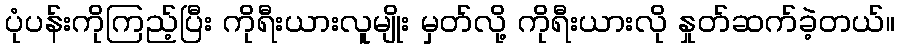
ပုံပန်းကိုကြည့်ပြီး ကိုရီးယားလူမျိုး မှတ်လို့ ကိုရီးယားလို နှုတ်ဆက်ခဲ့တယ်။